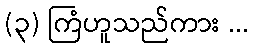
(၃) ကြံဟူသည်ကား ...